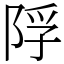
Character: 𨹴